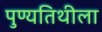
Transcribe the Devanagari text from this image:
पुण्यतिथीला